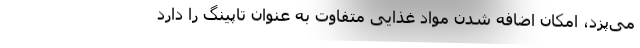
می‌پزد، امکان اضافه شدن مواد غذایی متفاوت به عنوان تاپینگ را دارد